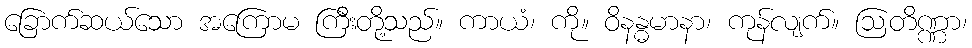
ခြောက်ဆယ်သော အကြောမ ကြီးတို့သည်။ ကာယံ၊ ကို။ ဝိနန္ဓမာနာ၊ ကုန်လျက်။ ဩတိဏ္ဏာ၊